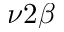
\nu 2 \beta